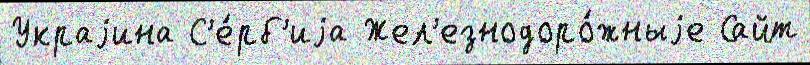
Украjина С'е́рб'иjа Жел'езнодоро́жныjе Сайт